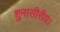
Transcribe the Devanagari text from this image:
शुनासीरीय।